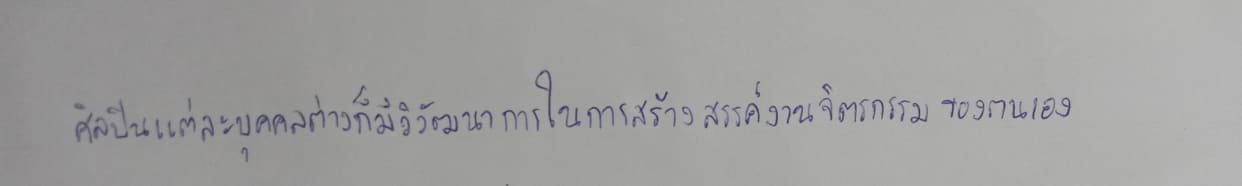
ศิลปินแต่ละบุคคลต่างก็มีวิวัฒนาการในการสร้างสรรค์งานจิตรกรรมของตนเอง